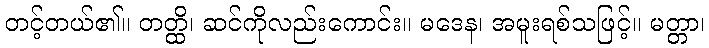
တင့်တယ်၏။ တတ္ထိ၊ ဆင်ကိုလည်းကောင်း။ မဒေန၊ အမူးရစ်သဖြင့်။ မတ္တာ၊